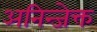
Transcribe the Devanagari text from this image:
अनिन्जेक्त